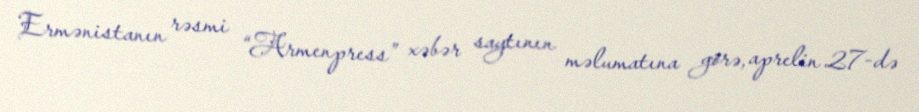
Ermənistanın rəsmi “Armenpress” xəbər saytının məlumatına görə, aprelin 27-də